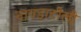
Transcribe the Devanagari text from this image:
नावड़ाटौली